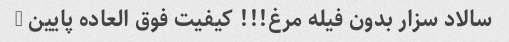
سالاد سزار بدون فیله مرغ!!! کیفیت فوق العاده پایین …